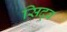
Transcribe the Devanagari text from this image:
सिद्ब